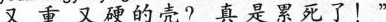
又重又硬的壳？真是累死了！”